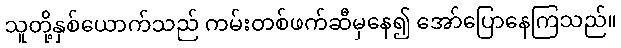
သူတို့နှစ်ယောက်သည် ကမ်းတစ်ဖက်ဆီမှနေ၍ အော်ပြောနေကြသည်။